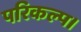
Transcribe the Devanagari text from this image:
परिकल्प।